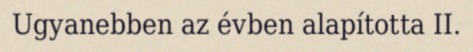
Ugyanebben az évben alapította II.